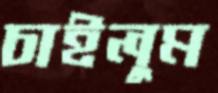
চাইলুম